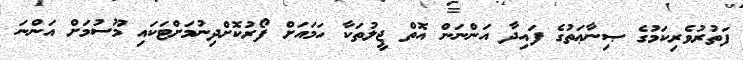
ފަތުރުވެރިކަމުގެ ޞިނާޢަތުގެ ފައިދާ އަންނަން އޮތް ޖީލުތަކާ ހަމައަށް ފޯރުކޮށްދިނުމަށްޓަކައި މޫސުމަށް އަންނަ